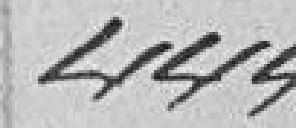
444